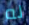
له